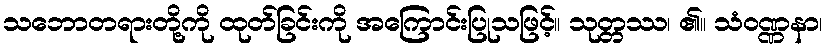
သဘောတရားတို့ကို ထုတ်ခြင်းကို အကြောင်းပြုသဖြင့်။ သုတ္တဿ၊ ၏။ သံဝဏ္ဏနာ၊